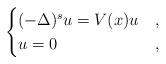
LaTeX: \begin{align*}\begin{cases}(-\Delta)^s u = V(x) u & , \\u = 0 & ,\end{cases}\end{align*}